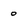
Character: o